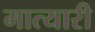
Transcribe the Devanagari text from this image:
मात्यारी